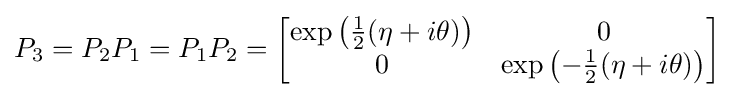
P_{3}=P_{2}P_{1}=P_{1}P_{2}={\begin{bmatrix}\exp \left({\frac {1}{2}}(\eta +i\theta )\right)&0\\0&\exp \left(-{\frac {1}{2}}(\eta +i\theta )\right)\end{bmatrix}}